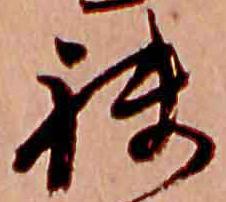
袂